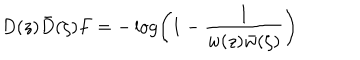
D ( z ) \bar { D } ( \zeta ) F = - \log \left( 1 - \frac 1 { w ( z ) \bar { w } ( \zeta ) } \right)